Vaccination in Bombay 1863-1868 - 1863-1868
Year: 1863
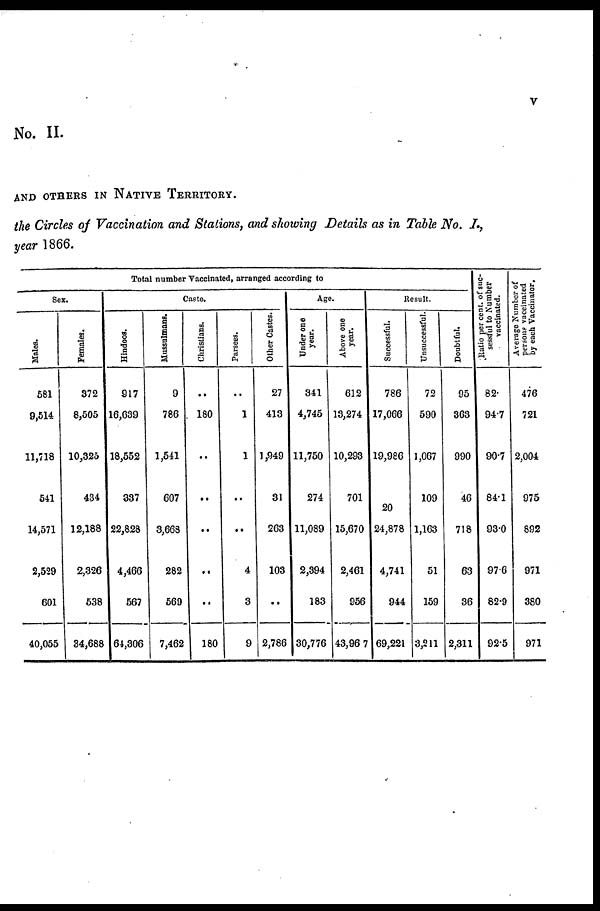
v
No. II.
AND OTHERS IN NATIVE TERRITORY.
the Circles of Vaccination and Stations, and showing Details as in Table No. I.,
year 1866.
Total number Vaccinated, arranged according to
Sex.
Males.
581
9,514
11,718
541
14,571
2,529
601
40,055
Females.
372
8,505
10,325
434
12,188
2,326
538
84,688
Caste.
Hindoos.
917
16,639
18,552
337
22,828
4,466
567
64,306
Mussulmans.
9
786
1,541
607
3,668
282
569
7,462
Christians.
..
180
..
..
..
..
..
180
Parsees.
..
1
1
..
..
4
3
9
Other Castes.
27
413
1,949
31
263
103
..
2,786
Age.
Under one
year.
341
4,745
11,750
274
11,089
2,394
183
30,776
Above one
year.
612
13,274
10,293
701
15,670
2,461
956
43,967
Result.
Successful.
786
17,066
19,986
20
24,878
4,741
944
69,221
Unsuccessful.
72
590
1,067
109
1,163
51
159
3,211
Doubtful.
95
363
990
46
718
63
36
2,311
Ratio per cent. of suc¬
sessful to Number
vaccinated.
82.
94.7
90.7
84.1
93.0
97.6
82.9
92.5
Average Number of
persons vaccinated
by each Vaccinator.
476
721
2,004
975
892
971
380
971